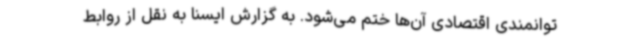
توانمندی اقتصادی آن‌ها ختم می‌شود. به گزارش ایسنا به نقل از روابط